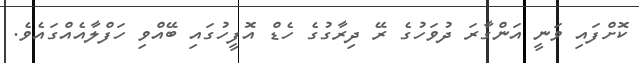
ކޮށްފައި ވަނީ އަންގާރަ ދުވަހުގެ ރޭ ދިރާގުގެ ހެޑް އޮފީހުގައި ބޭއްވި ހަފްލާއެއްގައެވެ.